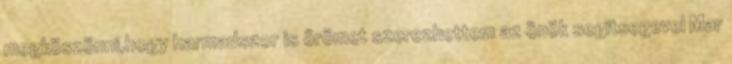
megköszönni,hogy harmadszor is örömet szerezhettem az önök segitsegevel Mar